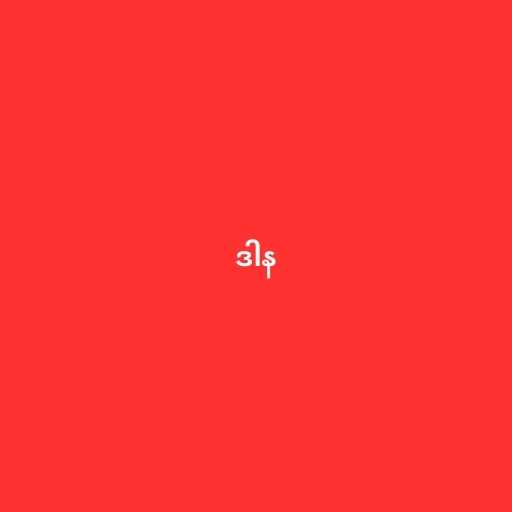
ဒါန